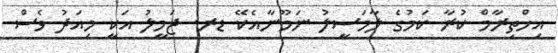
އިހްތިރާމް ކުރާ ކަމުގެ ލާމަސީލު ނަމޫނާއެކޭ ޑރ. ޖަމީލު އަކީ މިއަދު ވެސް